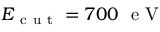
E _ { \mathrm { ~ c ~ u ~ t ~ } } = 7 0 0 \ \mathrm { ~ e ~ V ~ }